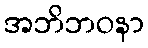
အဘိဘဝနာ